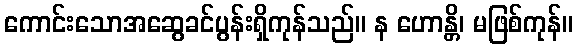
ကောင်းသောအဆွေခင်ပွန်းရှိကုန်သည်။ န ဟောန္တိ၊ မဖြစ်ကုန်။